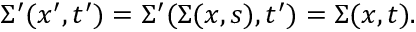
\Sigma ^ { \prime } ( x ^ { \prime } , t ^ { \prime } ) = \Sigma ^ { \prime } ( \Sigma ( x , s ) , t ^ { \prime } ) = \Sigma ( x , t ) .